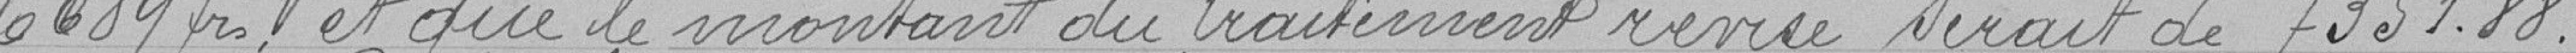
6689 frs et que le montant du traitement revisé serait de 7351.88.